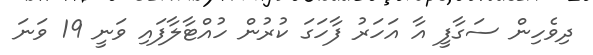
ދިވެހިން ސަގާފީ އާ އަހަރު ފާހަގަ ކުރުން ހުއްޓާލާފައި ވަނީ 19 ވަނަ